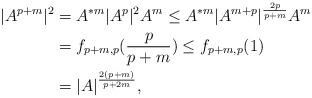
LaTeX: \begin{align*} |A^{p+m}|^2&=A^{*m}|A^{p}|^2A^m\leq A^{*m}|A^{m+p}|^\frac{2p}{p+m}A^m\\&=f_{p+m,p}( \frac{p}{p+m})\leq f_{p+m,p}(1)\\&=|A|^\frac{2(p+m)}{p+2m},\end{align*}